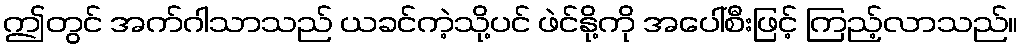
ဤတွင် အက်ဂါသာသည် ယခင်ကဲ့သို့ပင် ဖဲင်နို့ကို အပေါ်စီးဖြင့် ကြည့်လာသည်။